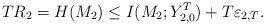
LaTeX: \begin{align*} T R_2 = H(M_2) \leq I(M_2; Y_{2, 0}^T) + T \varepsilon_{2, T}.\end{align*}